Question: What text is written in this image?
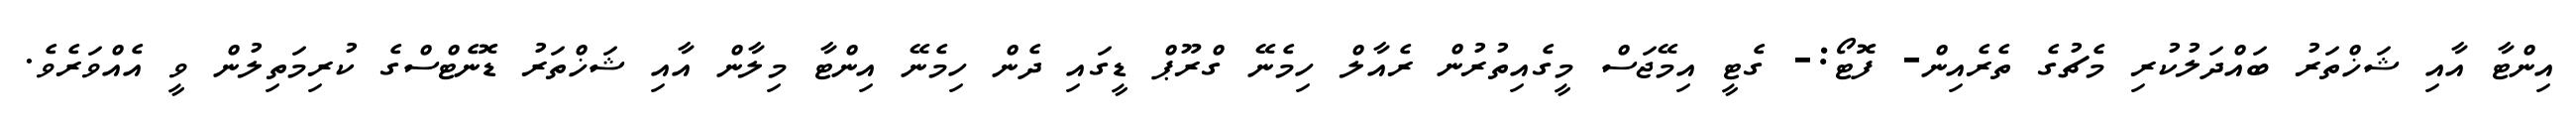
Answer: އިންޓާ އާއި ޝަޚްތަރު ބައްދަލުކުރި މެޗުގެ ތެރެއިން- ފޮޓޯ:- ގެޓީ އިމޭޖަސް މީގެއިތުރުން ރެއާލް ހިމެނޭ ގްރޫޕް ޑީގައި ދެން ހިމެނޭ އިންޓާ މިލާން އާއި ޝަޚްތަރު ޑޮނެޓްސްގެ ކުރިމަތިލުން ވީ އެއްވަރެވެ.